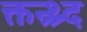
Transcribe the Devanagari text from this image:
क्तन्र्थ्र्द